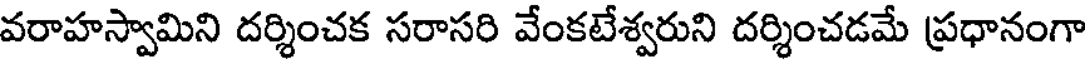
వరాహస్వామిని దర్శించక సరాసరి వేంకటేశ్వరుని దర్శించడమే ప్రధానంగా